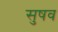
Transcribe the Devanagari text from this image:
सुषव